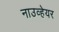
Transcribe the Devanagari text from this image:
नाउव्हेयर